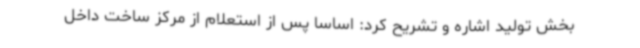
بخش تولید اشاره و تشریح کرد: اساساً پس از استعلام از مرکز ساخت داخل